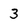
Character: 3